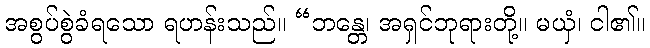
အစွပ်စွဲခံရသော ရဟန်းသည်။ “ဘန္တေ၊ အရှင်ဘုရားတို့။ မယှံ၊ ငါ၏။